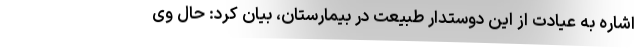
اشاره به عیادت از این دوستدار طبیعت در بیمارستان، بیان کرد: حال وی